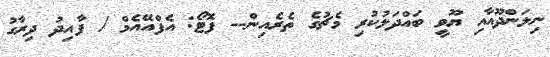
ނިލަންދޫއާއި ޔޫވީ ބައްދަލުކުރި މެޗުގެ ތެރެއިން-- ފޮޓޯ: އެފްއޭއެމް / ފާއިދު ދިރާގު